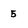
Character: 5